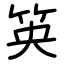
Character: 䇦